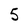
Character: 5